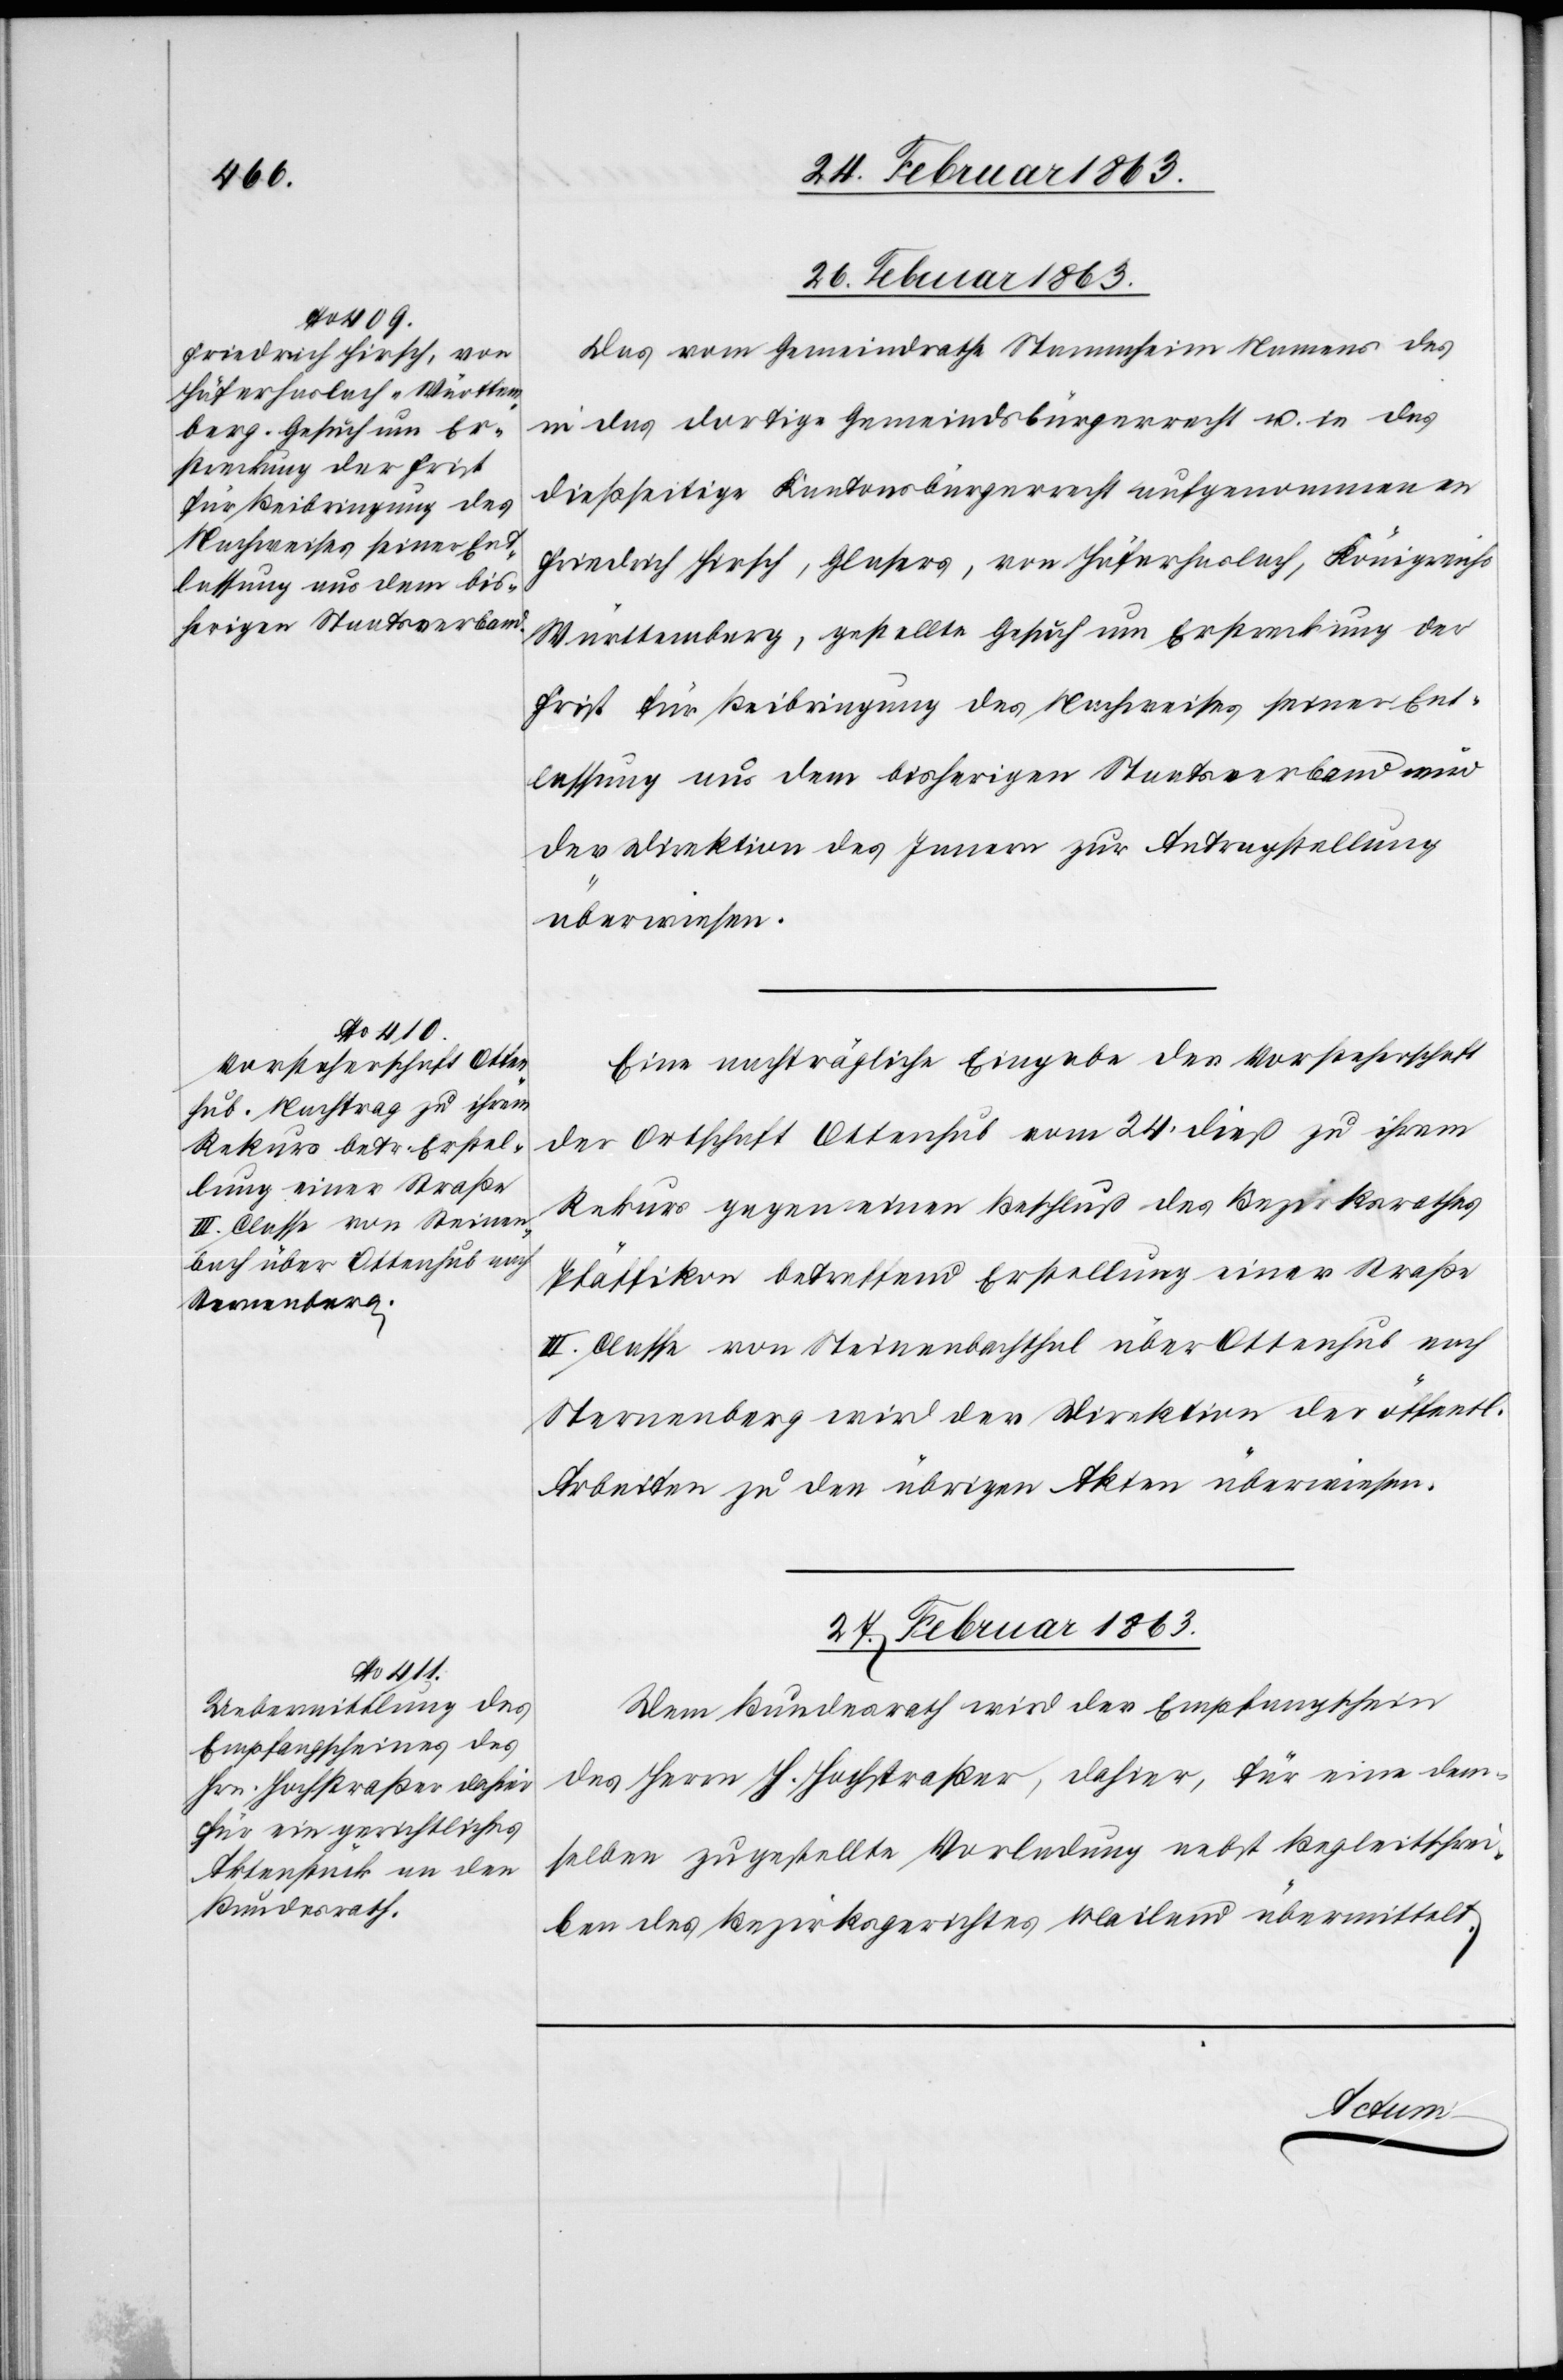
26. Februar 1863.]
Das vom Gemeindrathe Stammheim Namens des
in das dortige Gemeindsbürgerrecht u. in das
dießseitige Kantonsbürgerrecht aufgenommenen
Friedrich Hirsch, Glasers, von Häferhaslach, Königreichs
Württemberg, gestellte Gesuch um Erstreckung der
Frist für Beibringung des Nachweises seiner Ent¬
lassung aus dem bisherigen Staatsverband wird
der Direktion des Innern zur Antragstellung
überwiesen.
Eine nachträgliche Eingabe der Vorsteherschaft
der Ortschaft Ottenhub vom 24. dieß zu ihrem
Rekurs gegen einen Beschluß des Bezirksrathes
Pfäffikon betreffend Erstellung einer Straße
III. Classe von Steinenbachthal über Ottenhub nach
Sternenberg wird der Direktion der öffentl.
Arbeiten zu den übrigen Akten überwiesen.
27. Februar 1863.
Dem Bundesrath wird der Empfangschein
des Herrn H. Hochstraßer, dahier, für eine dem¬
selben zugestellte Vorladung nebst Begleitschrei¬
ben des Bezirksgerichtes Mailand übermittelt.